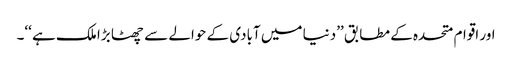
اور اقوام متحدہ کے مطابق ’’دنیا میں آبادی کے حوالے سے چھٹا بڑا ملک ہے ‘‘۔